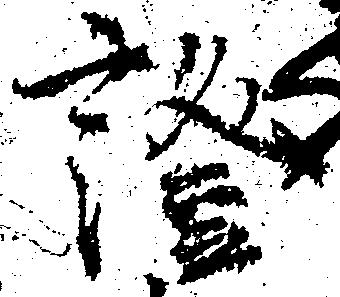
証